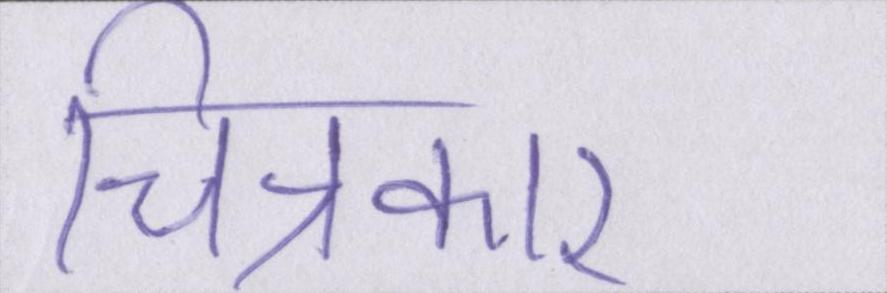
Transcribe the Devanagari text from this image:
चित्रकार